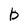
Character: b